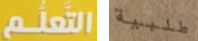
التعلم طلبية